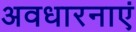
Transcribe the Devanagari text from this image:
अवधारनाएं